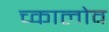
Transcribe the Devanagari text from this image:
च्कालोव